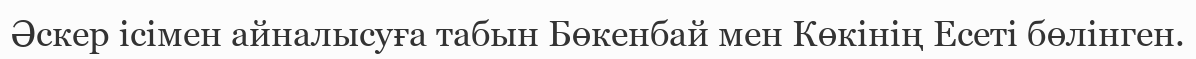
Әскер ісімен айналысуға табын Бөкенбай мен Көкінің Есеті бөлінген.